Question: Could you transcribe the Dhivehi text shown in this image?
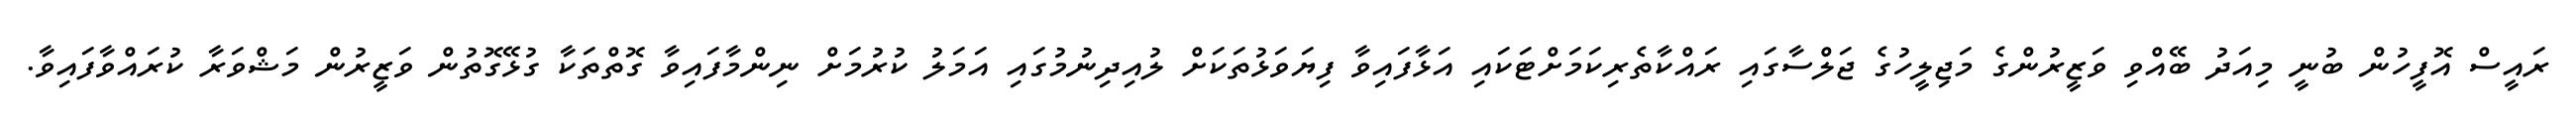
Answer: ރައީސް އޮފީހުން ބުނީ މިއަދު ބޭއްވި ވަޒީރުންގެ މަޖިލީހުގެ ޖަލްސާގައި ރައްކާތެރިކަމަށްޓަކައި އަޅާފައިވާ ފިޔަވަޅުތަކަށް ލުއިދިނުމުގައި އަމަލު ކުރުމަށް ނިންމާފައިވާ ގޮތްތަކާ ގުޅޭގޮތުން ވަޒީރުން މަޝްވަރާ ކުރައްވާފައިވާ.